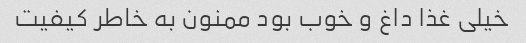
خیلی غذا داغ و خوب بود ممنون به خاطر کیفیت